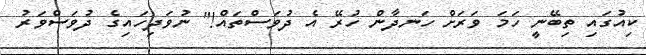
ކިއުގައި ތިބޭނީ ހަމަ ވަރަށް ހަނދާން ހުރޭ އެ ދުވަސްތައް!" ނުވަދިހައިގެ ދުވަސްވަރު